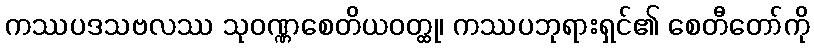
ကဿပဒသဗလဿ သုဝဏ္ဏစေတိယဝတ္ထု၊ ကဿပဘုရားရှင်၏ စေတီတော်ကို